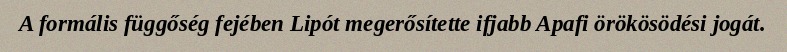
A formális függőség fejében Lipót megerősítette ifjabb Apafi örökösödési jogát.